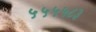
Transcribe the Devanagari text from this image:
५५५५८३